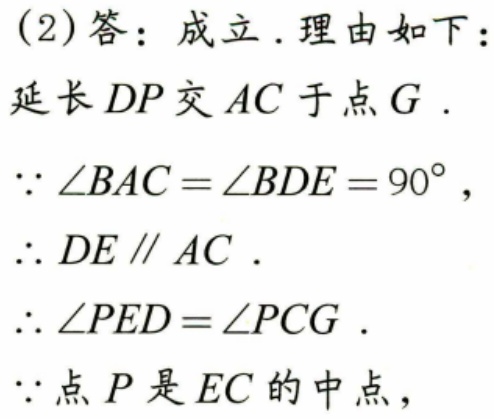
(2)答：成立.理由如下：
延长\(DP\)交\(AC\)于点\(G\).
\(\because\angle BAC=\angle BDE = 90^{\circ}\)，
\(\therefore DE\parallel AC\).
\(\therefore\angle PED=\angle PCG\).
\(\because\)点\(P\)是\(EC\)的中点，